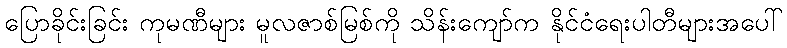
ပြောခိုင်းခြင်း ကုမဏီများ မူလဇာစ်မြစ်ကို သိန်းကျော်က နိုင်ငံရေးပါတီများအပေါ်